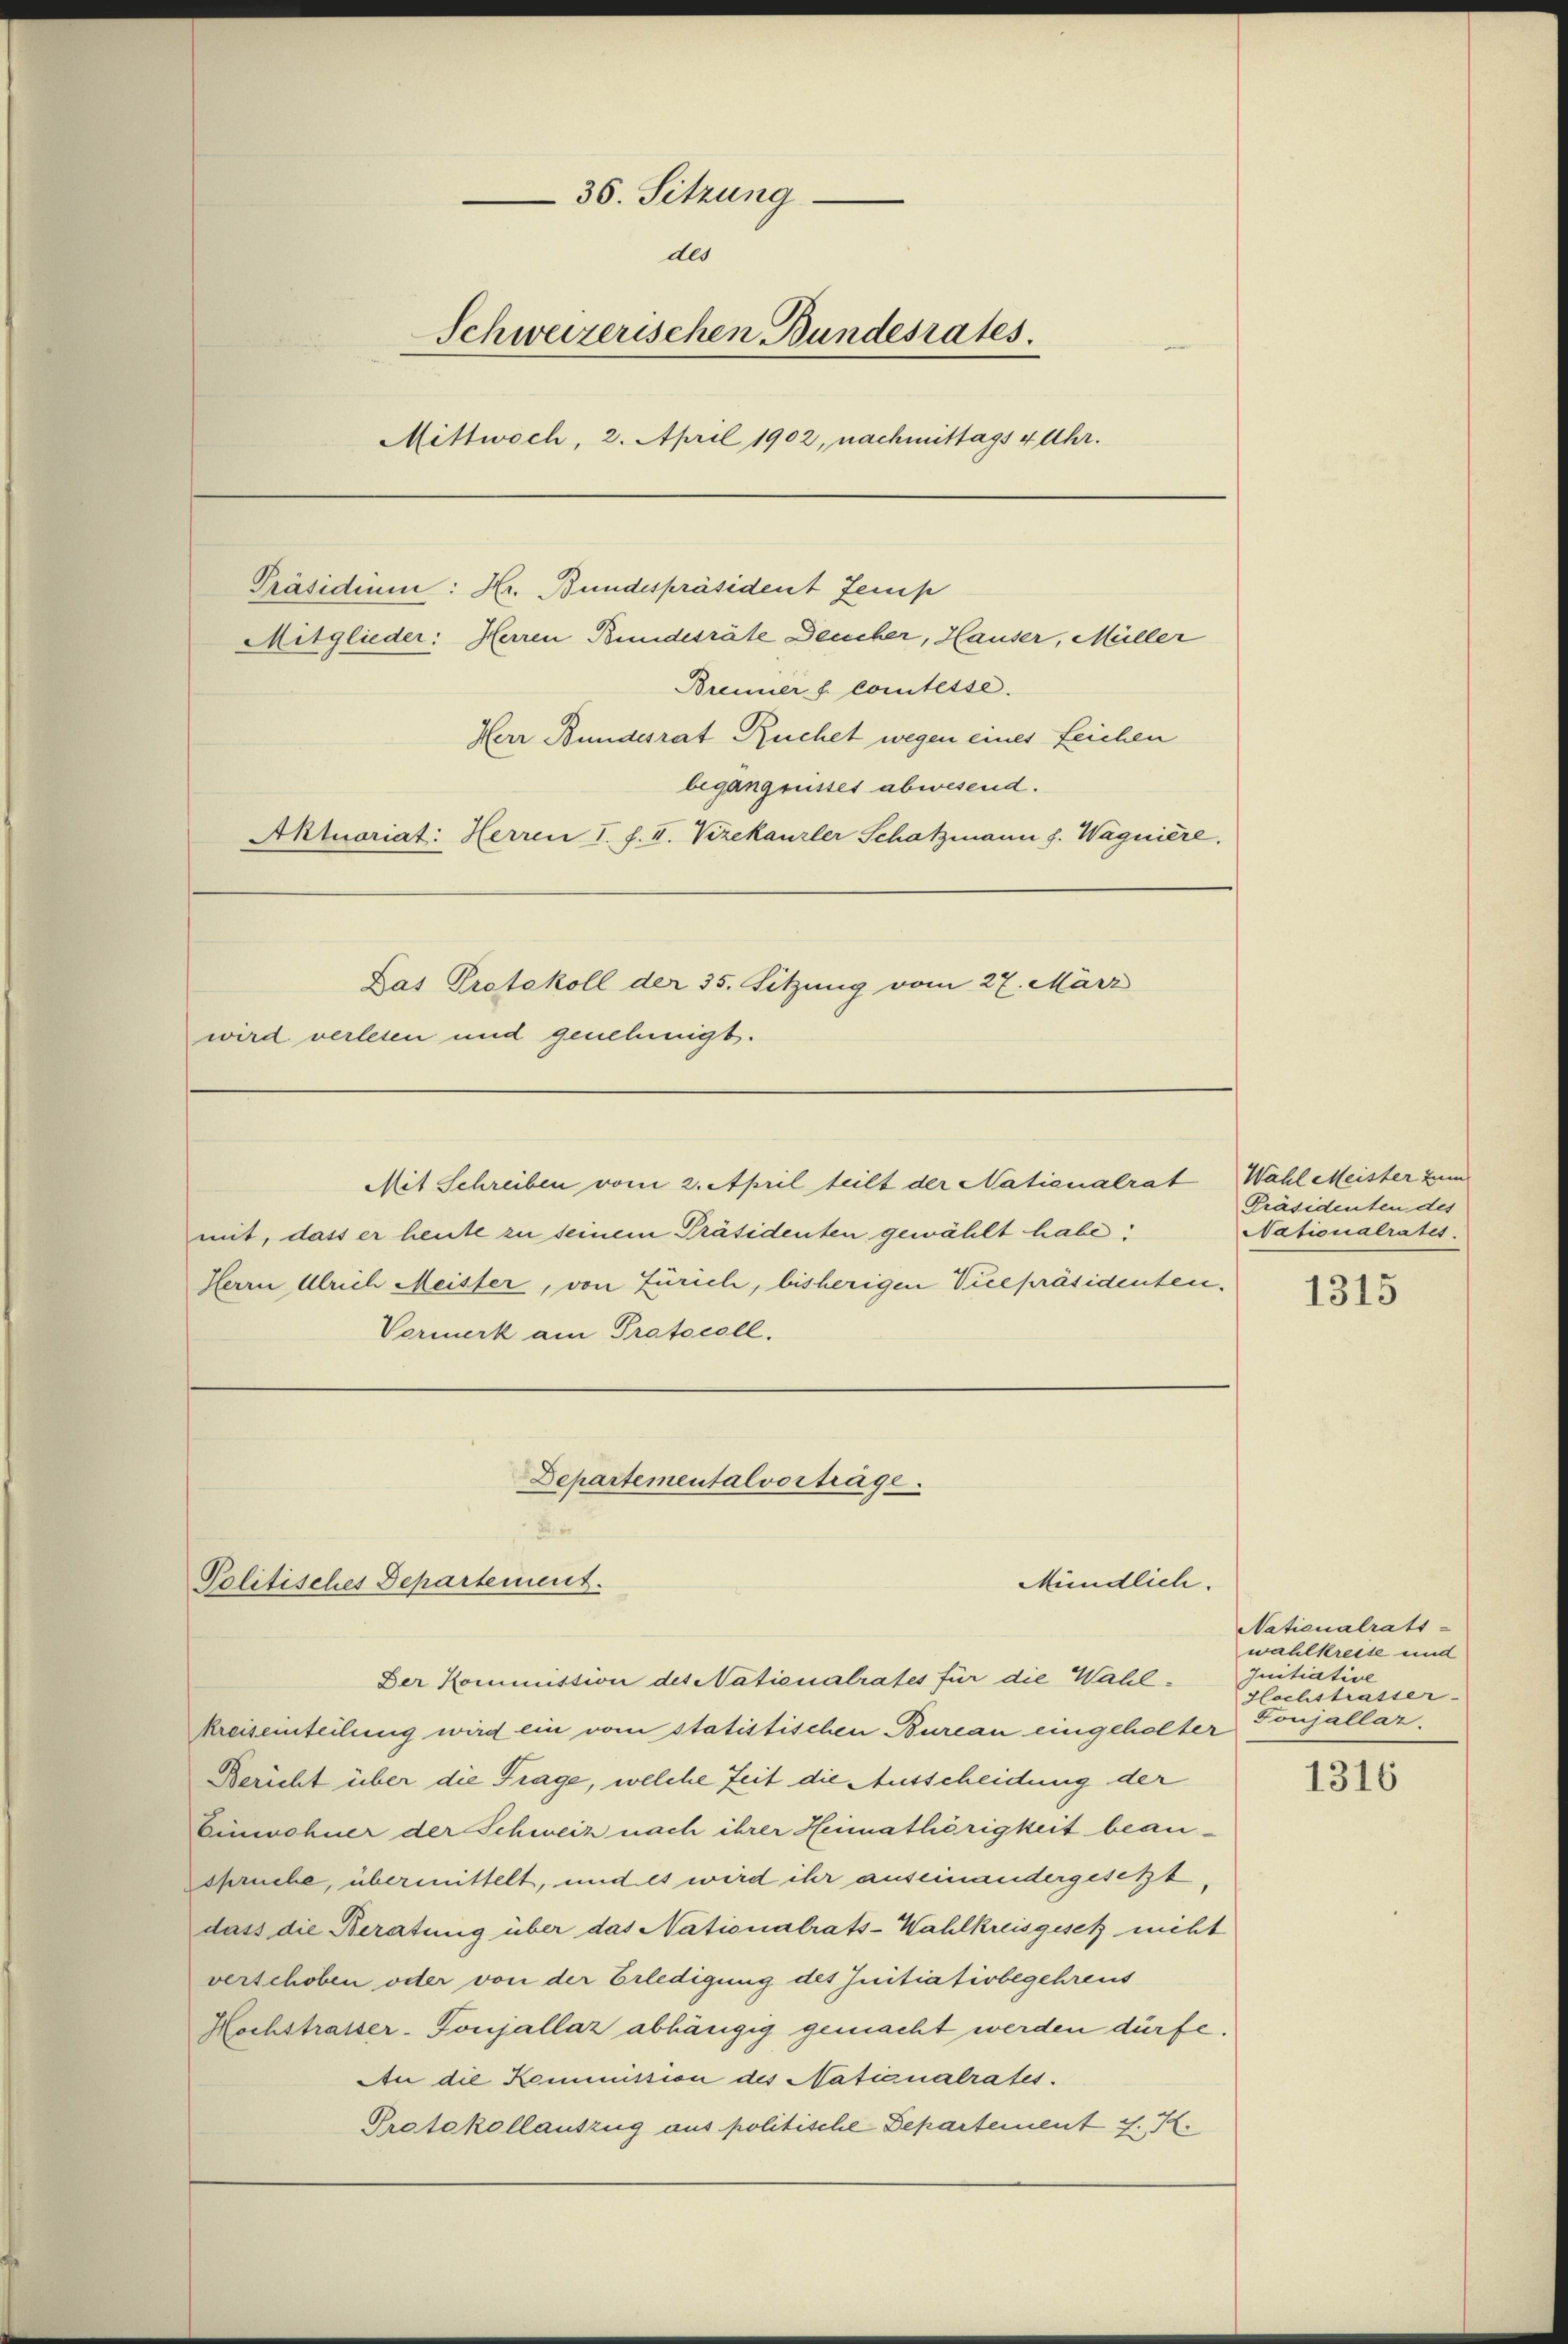
38. Sitzung
des
Schweizerischen Bundesrates.
Mittwoch, 2. April 1902, nachmittags 4 Uhr.
Präsidium: Hr. Bundespräsident Jenes
Brenner f. Comtesse.
Herr Bundesrat Ruchet wegen eines Leichen
begangnisses abwesend.
Aktuariat: Herren I. f. I. Vizekanzler Schatzmann f. Wagnière.
Das Protokoll der 35. Sitzung vom 27. März
wird verlesen und genehmigt.

Mitglieder: Herren Bundesräte Deucher, Hauser, Müller

Departementalvorträge.
F
Politisches Departement.

Der Kommission des Nationalrates für die Wahl¬

Mit Schreiben vom 2. April teilt der Nationalrat
mit, dass er heute zu seinem Präsidenten gewählt habe;
Herrn Ulrich Meister, von Zürich, bisherigen Vicepräsidenten.
Vormerk am Protocoll.

Mündlich.

kreiseinteilung wird ein vom statistischen Bureau eingeholter
Bericht über die Frage, welche Zeit die Ausscheidung der
Einwohner der Schweiz nach ihrer Heimathörigkeit beanspruche, übermittelt, und es wird ihr auseinandergesetzt,
dass die Beratung über das Nationalrats-Wahlkreisgesch nicht
verschoben oder von der Erledigung des Initiativbegehreus
Hochstrasser-Tonjallaz abhängig gemacht werden dürfe.
An die Kommission des Nationalrates.
Protokollauszug aus politische Departement J. K.

Wahl Meister zum
Präsidenten des
Nationalrates

1315

Nationalrats-
wahlkreise und
Initiative
flochstrasser-
Ponjallar

1316